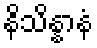
နိသိန္နာနံ